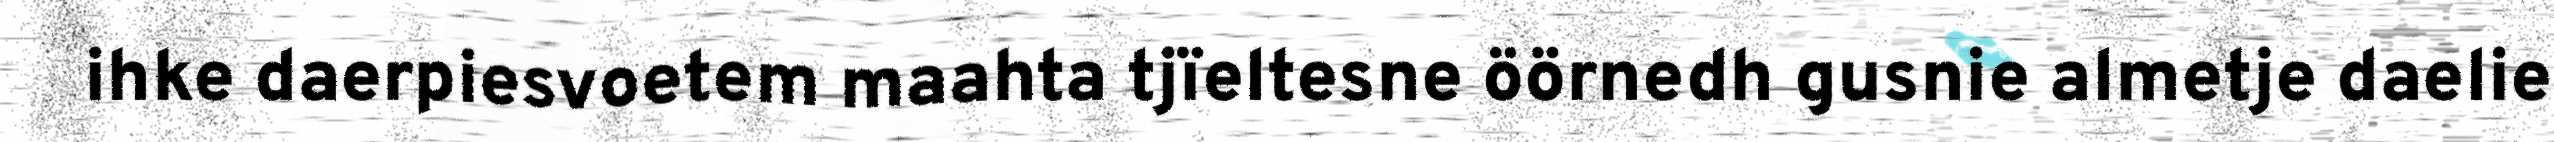
ihke daerpiesvoetem maahta tjïeltesne öörnedh gusnie almetje daelie